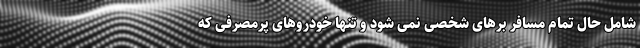
شامل حال تمام مسافر برهای شخصی نمی شود و تنها خودروهای پرمصرفی که